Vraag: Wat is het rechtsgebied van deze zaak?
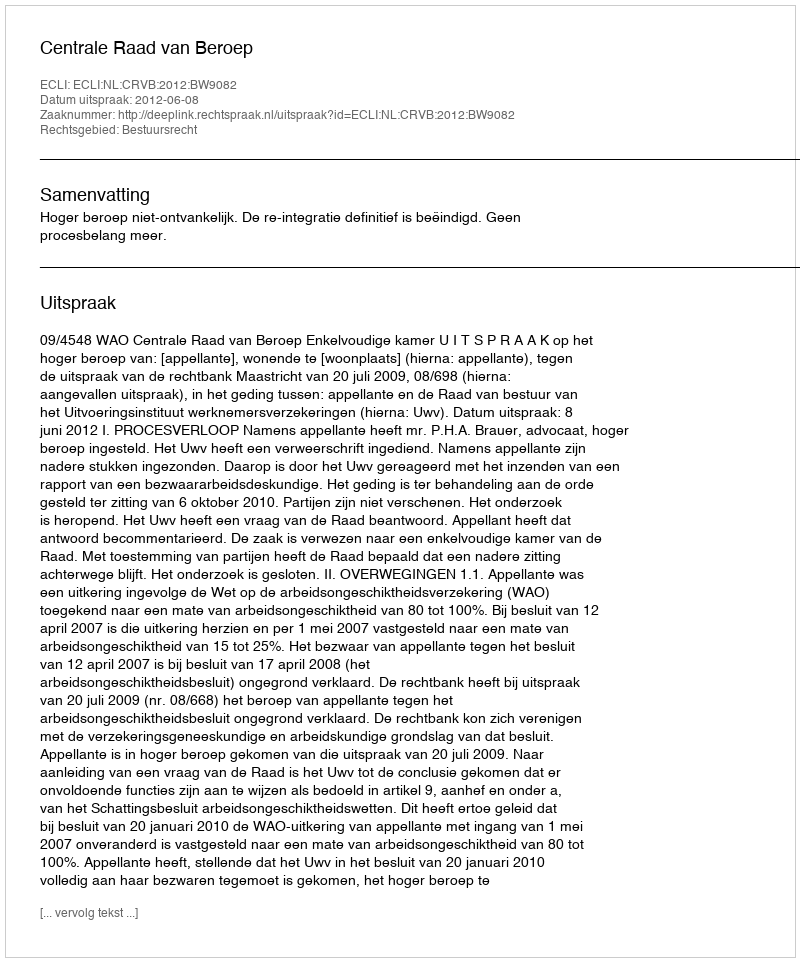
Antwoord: Bestuursrecht